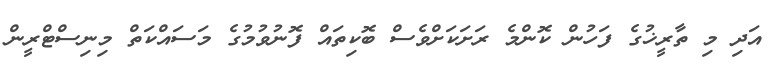
އަދި މި ތާރީޚުގެ ފަހުން ކޮންމެ ރަށަކަށްވެސް ބޮކިތައް ފޮނުވުމުގެ މަސައްކަތް މިނިސްޓްރީން